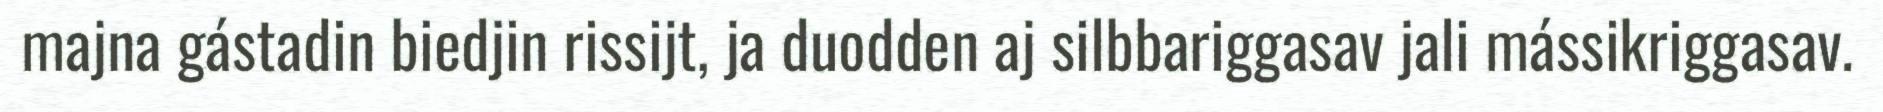
majna gástadin biedjin rissijt, ja duodden aj silbbariggasav jali mássikriggasav.